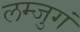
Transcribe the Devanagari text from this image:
लम्जुगं